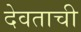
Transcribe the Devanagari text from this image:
देवताची